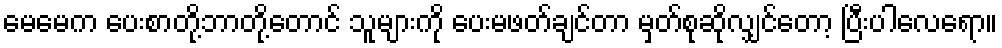
မေမေက ပေးစာတို့ဘာတို့တောင် သူများကို ပေးမဖတ်ချင်တာ မှတ်စုဆိုလျှင်တော့ ပြီးပါလေရော။